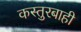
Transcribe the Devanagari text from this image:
कस्तुरबाही